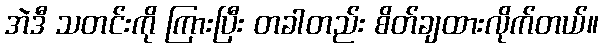
အဲဒီ သတင်းကို ကြားပြီး တခါတည်း စိတ်ချထားလိုက်တယ်။